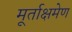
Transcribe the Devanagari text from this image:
मूर्ताक्षमेण